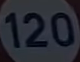
120